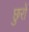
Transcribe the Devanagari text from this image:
छुरों